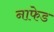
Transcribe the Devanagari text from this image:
नाफेड